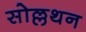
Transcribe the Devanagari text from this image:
सोल्लथन